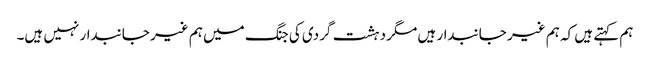
ہم کہتے ہیں کہ ہم غیر جانبدار ہیں مگر دہشت گردی کی جنگ میں ہم غیر جانبدار نہیں ہیں۔